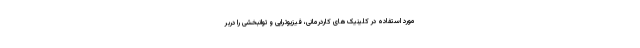
مورد استفاده در کلینیک‌های کاردرمانی، فیزیوتراپی و توانبخشی را دربر